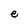
Character: e